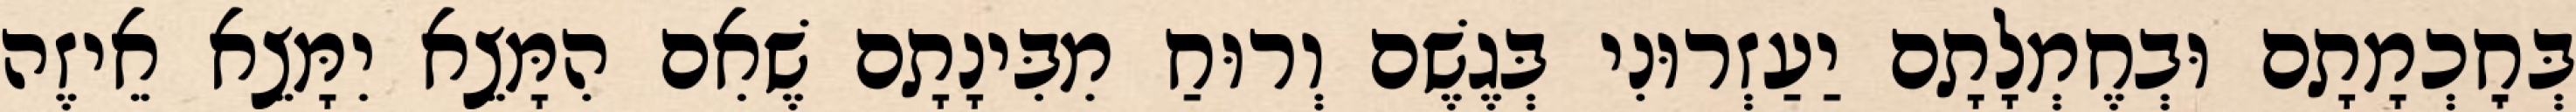
בְּחׇכְמָתָם וּבְחֶמְלָתָם יַעַזְרוּנִי בְּגֶשֶׁם וְרוּחַ מִבִּינָתָם שֶׁאִם הִמָּצֵא יִמָּצֵא אֵיזֶה